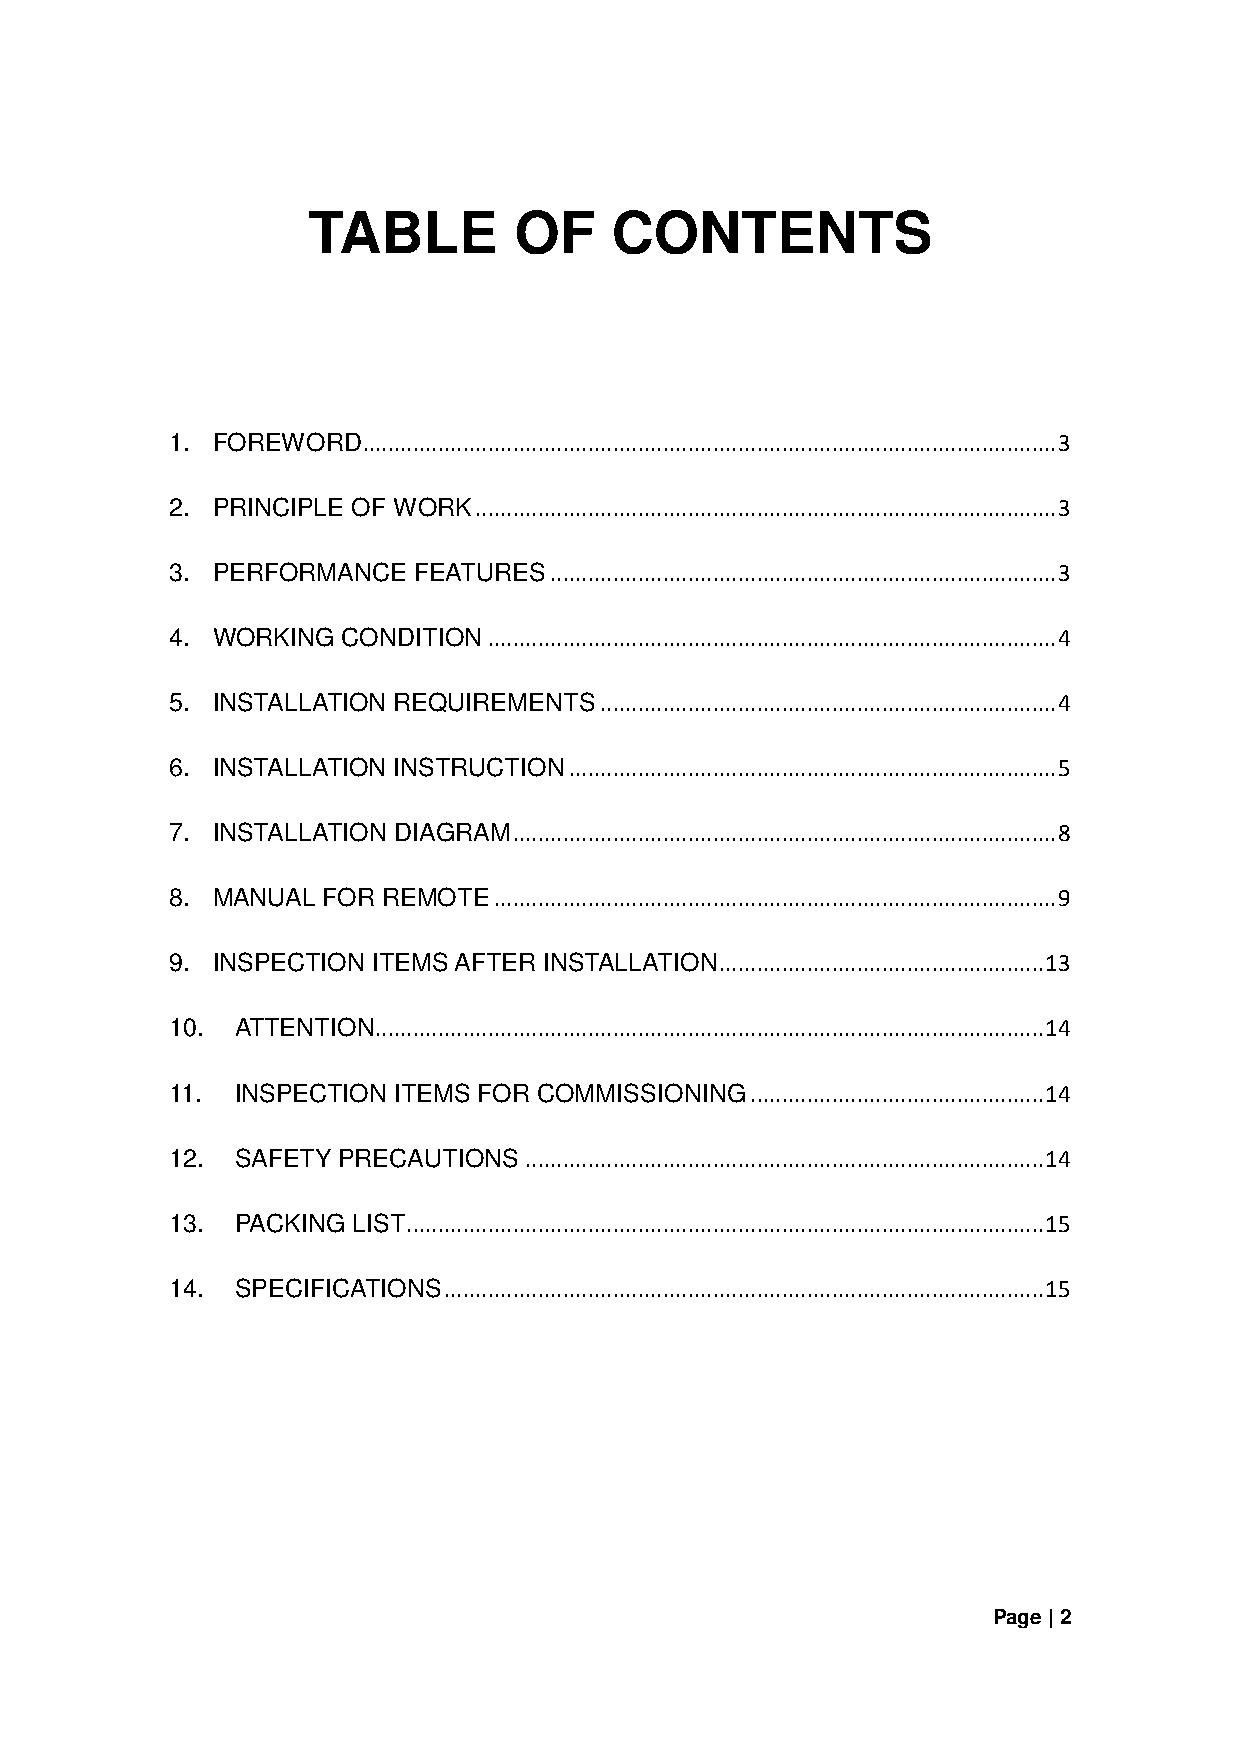
TABLE         OF    CONTENTS
 1. FOREWORD  ............................................................................................................... 3
 2. PRINCIPLE OF WORK ............................................................................................. 3
 3. PERFORMANCE  FEATURES ................................................................................. 3
 4. WORKING  CONDITION ........................................................................................... 4
 5. INSTALLATION REQUIREMENTS ......................................................................... 4
 6. INSTALLATION INSTRUCTION .............................................................................. 5
 7. INSTALLATION DIAGRAM ....................................................................................... 8
 8. MANUAL FOR REMOTE  .......................................................................................... 9
 9. INSPECTION ITEMS AFTER INSTALLATION .................................................... 13
 10.  ATTENTION ........................................................................................................... 14
 11.  INSPECTION ITEMS FOR COMMISSIONING ............................................... 14
 12.  SAFETY PRECAUTIONS ................................................................................... 14
 13.  PACKING LIST ...................................................................................................... 15
 14.  SPECIFICATIONS ................................................................................................ 15
 Page | 2